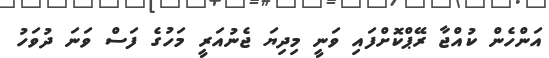
އަންހެން ކުއްޖާ ރޭޕްކޮށްފައި ވަނީ މިދިޔަ ޖެނުއަރީ މަހުގެ ފަސް ވަނަ ދުވަހު